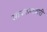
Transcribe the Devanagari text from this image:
सायकलवारी